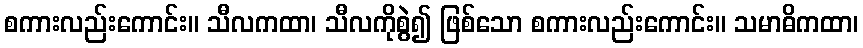
စကားလည်းကောင်း။ သီလကထာ၊ သီလကိုစွဲ၍ ဖြစ်သော စကားလည်းကောင်း။ သမာဓိကထာ၊